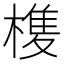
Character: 𭫺